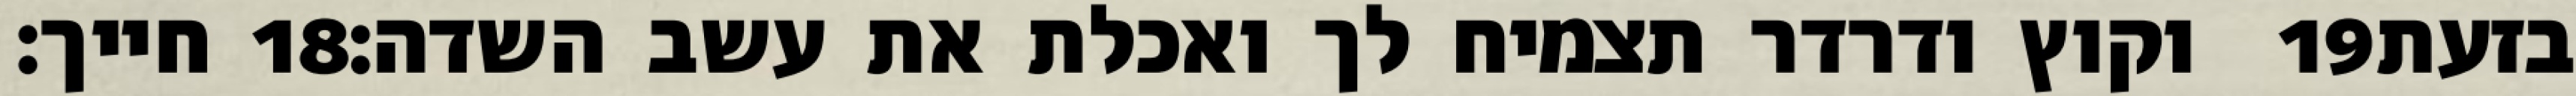
חייך׃ ‎18‏ וקוץ ודרדר תצמיח לך ואכלת את עשב השדה׃ ‎19‏ בזעת